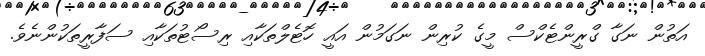
އަތުން ނަގާ ގްރީންޓެކްސް މީގެ ކުރިން ނަގަމުން އައީ ހޮޓެލްތަކާއި ރިސޯޓުތަކާއި ސަފާރީތަކުންނެވެ.